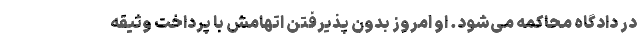
در دادگاه محاکمه می‌شود. او امروز بدون پذیرفتن اتهامش با پرداخت وثیقه